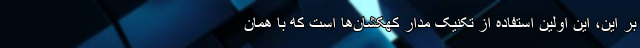
بر این، این اولین استفاده از تکنیک مدار کهکشان‌ها است که با همان